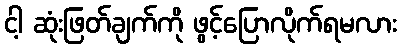
ငါ့ ဆုံးဖြတ်ချက်ကို ဖွင့်ပြောလိုက်ရမလား